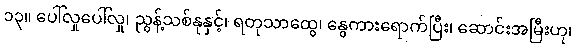
၁၃။ ပေါ်လှုပေါ်လှု၊ ညွန့်သစ်နုနှင့်၊ ရတုသာထွေ၊ နွေကားရောက်ပြီး၊ ဆောင်းအမြီးဟု၊